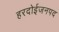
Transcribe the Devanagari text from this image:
हरदोईजनपद